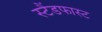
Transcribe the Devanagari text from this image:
स्टैंडफास्ट